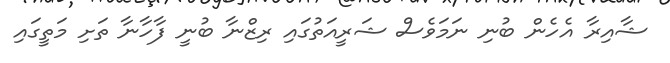
ޝާއިރާ އެހެން ބުނި ނަމަވެސް ޝަރީއަތުގައި ރިޒްނާ ބުނީ ފާހާނާ ތަށި މަތީގައި